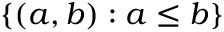
\{ ( a , b ) : a \leq b \}